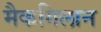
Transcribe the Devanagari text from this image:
मैकगिलान